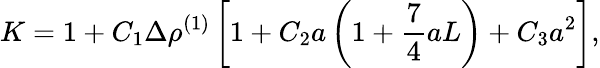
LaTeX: K=1+C_{1}\Delta\rho^{(1)}\left[1+C_{2}a\left(1+{\frac{7}{4}}aL\right)+C_{3}a^{2}\right],